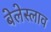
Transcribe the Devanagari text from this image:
बेलेस्लाव